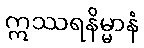
ဣဿရနိမ္မာနံ